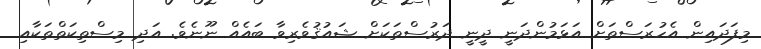
މިފަދައިން އެހުރަސްތަށް އަޅަމުންދަނީ ދީނީ ދަރުސްތަކަށް ޝައުޤުވެރިވާ ބައެއް ނޫނެވެ. އަދި މިސްތިކަތްތަކާއި